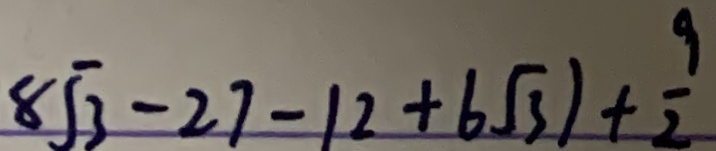
8 \sqrt { 3 } - 2 7 - 1 2 + 6 \sqrt { 3 } ) + \frac { 9 } { 2 }